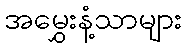
အမွှေးနံ့သာများ